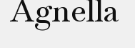
Agnella